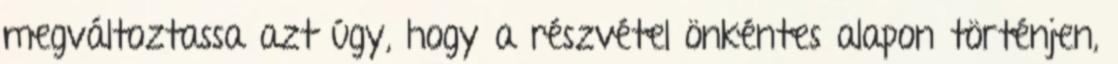
megváltoztassa azt úgy, hogy a részvétel önkéntes alapon történjen,